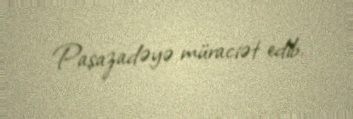
Paşazadəyə müraciət edib.